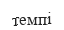
темпі